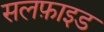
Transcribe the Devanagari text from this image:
सलफ़ाइड